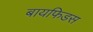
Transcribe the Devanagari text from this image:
बायफिडस